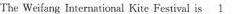
The Weifang International Kite Festival is 1